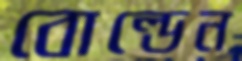
বোল্ডেন